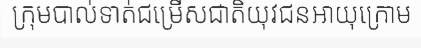
ក្រុមបាល់ទាត់ជម្រើសជាតិយុវជនអាយុក្រោម